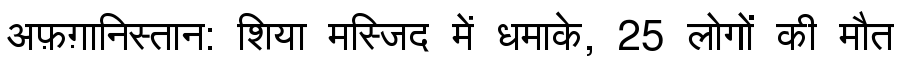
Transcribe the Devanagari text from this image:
अफ़ग़ानिस्तान: शिया मस्जिद में धमाके, 25 लोगों की मौत